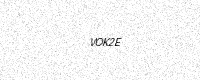
Text: VOK2E